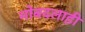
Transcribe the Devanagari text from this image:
मोबदलाही